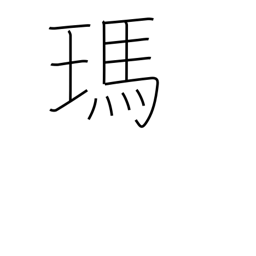
Meaning: agate